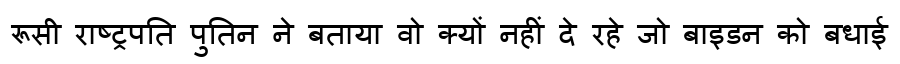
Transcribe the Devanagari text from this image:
रूसी राष्ट्रपति पुतिन ने बताया वो क्यों नहीं दे रहे जो बाइडन को बधाई